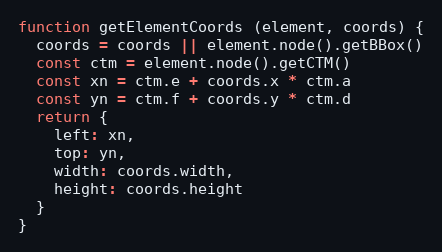
Language: JavaScript
function getElementCoords (element, coords) {
  coords = coords || element.node().getBBox()
  const ctm = element.node().getCTM()
  const xn = ctm.e + coords.x * ctm.a
  const yn = ctm.f + coords.y * ctm.d
  return {
    left: xn,
    top: yn,
    width: coords.width,
    height: coords.height
  }
}